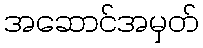
အဆောင်အမှတ်